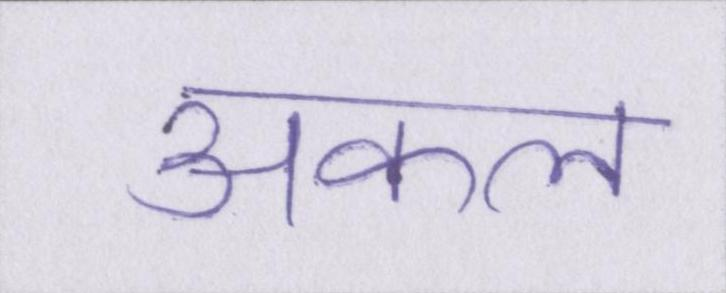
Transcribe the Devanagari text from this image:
अकल